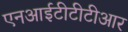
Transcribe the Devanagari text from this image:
एनआईटीटीटीआर